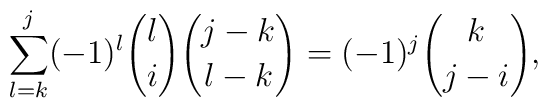
\sum^j_{l =k}(-1)^l{l \choose i}{{j-k} \choose {l-k}}=(-1)^j{k \choose{j-i}},